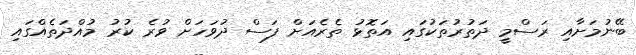
ބޭނުމަށާއި ރަސްމީ ދަތުރުތަކުގައި އަތޮޅު ތެރެއަށް ފަސް ދުވަހަށް ވުރެ ކުރު މުއްދަތެއްގައި